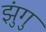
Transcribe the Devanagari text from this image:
झुंगु